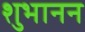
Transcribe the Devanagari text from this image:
शुभानन